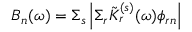
B _ { n } ( \omega ) = \Sigma _ { s } \left| \Sigma _ { r } \Tilde { K } _ { r } ^ { ( s ) } ( \omega ) \phi _ { r n } \right|